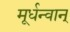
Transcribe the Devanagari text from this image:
मूर्धन्वान्